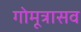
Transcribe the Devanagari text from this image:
गोमूत्रासव